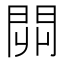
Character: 𨳹